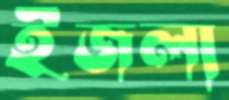
ইজলা